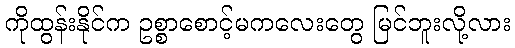
ကိုထွန်းနိုင်က ဥစ္စာစောင့်မကလေးတွေ မြင်ဘူးလို့လား